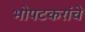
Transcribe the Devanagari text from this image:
भोपटकरांचे